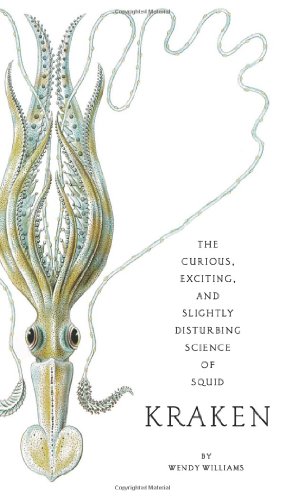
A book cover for Kraken: The Curious, Exciting, and Slightly Disturbing Science of Squid; Wendy Williams; Science & Math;